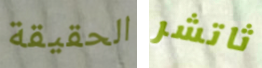
الحقيقة ثاتشر